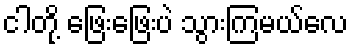
ငါတို့ ဖြေးဖြေးပဲ သွားကြမယ်လေ